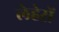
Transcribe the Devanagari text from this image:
लेहेरों